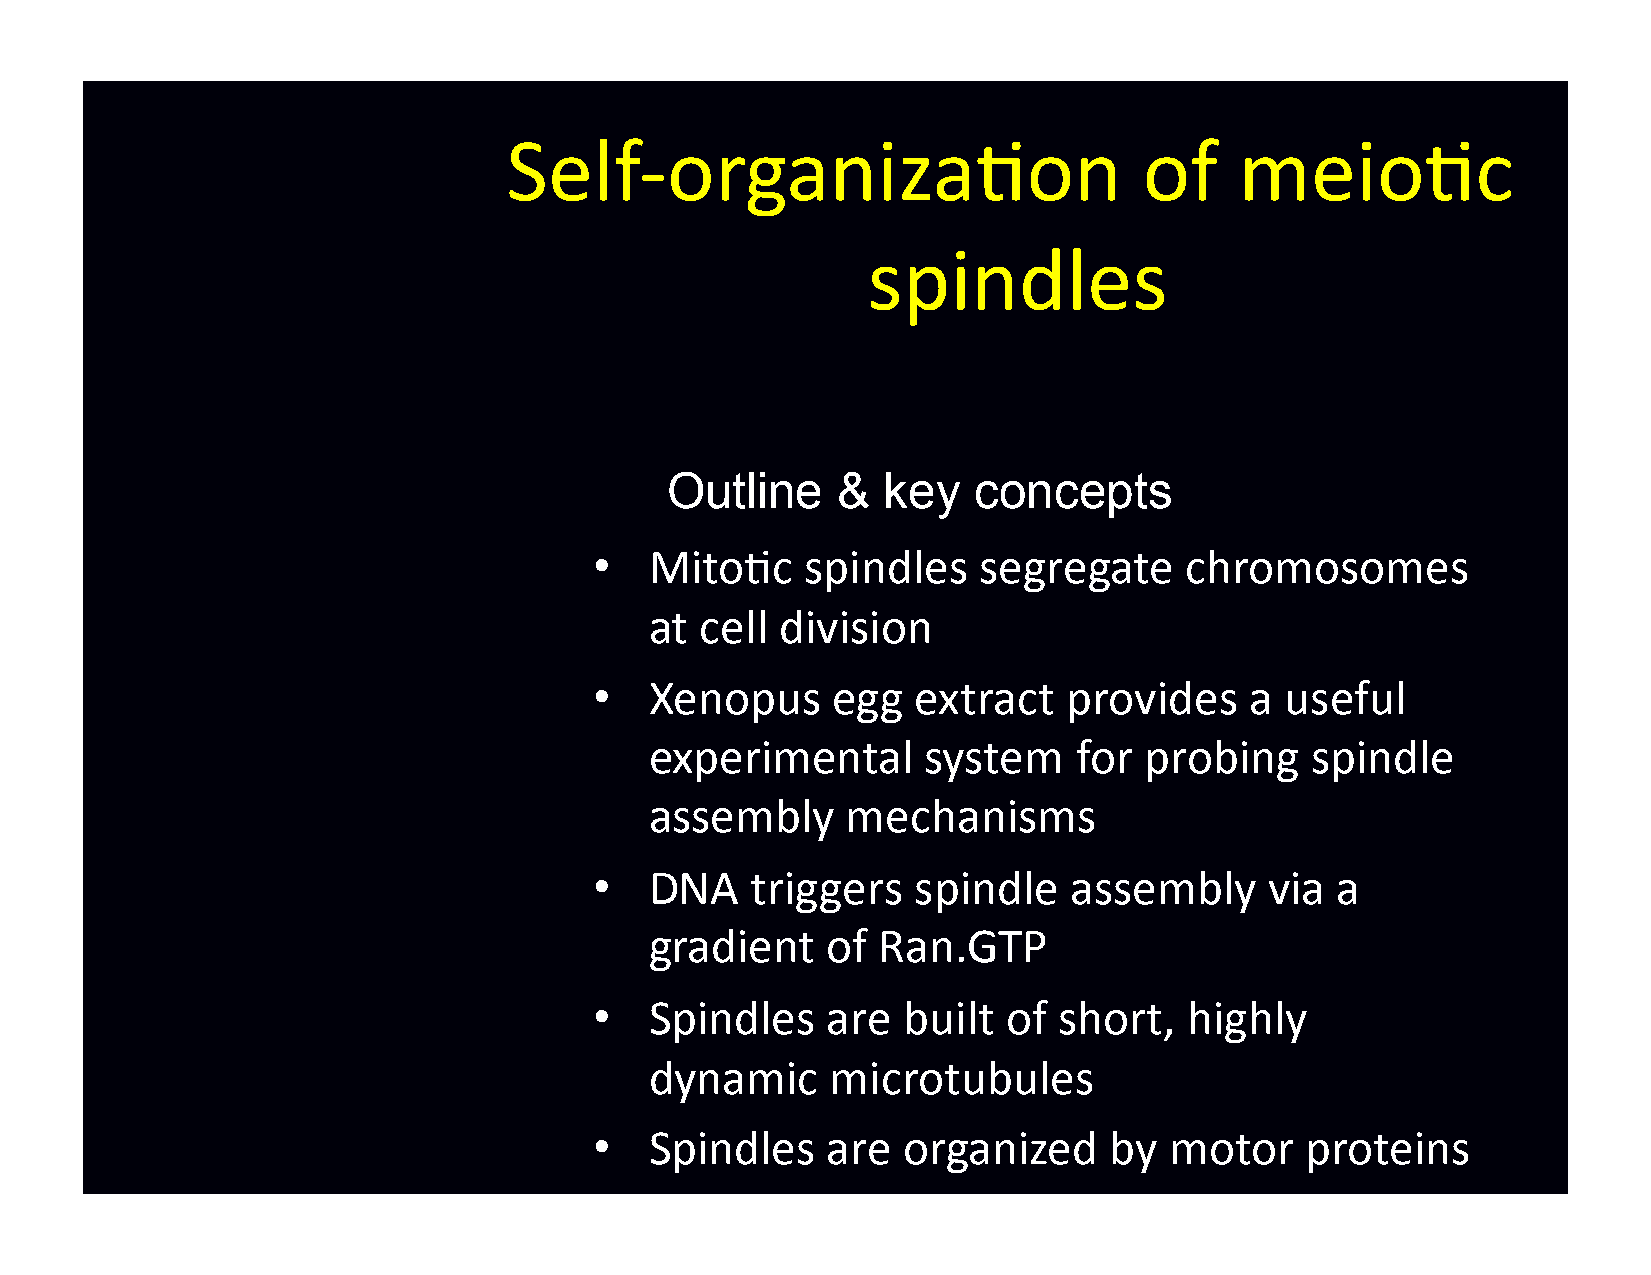
Self-­‐organiza-on                        of    meio-c
 spindles
 Outline    &   key   concepts
 •   Mito-c    spindles    segregate    chromosomes
 at cell  division
 •   Xenopus     egg   extract   provides    a useful
 experimental      system    for  probing    spindle
 assembly     mechanisms
 •   DNA    triggers  spindle    assembly     via a
 gradient    of Ran.GTP
 •   Spindles    are  built  of short,   highly
 dynamic     microtubules
 •   Spindles    are  organized    by  motor    proteins